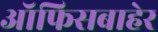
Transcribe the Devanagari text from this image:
ऑफिसबाहेर